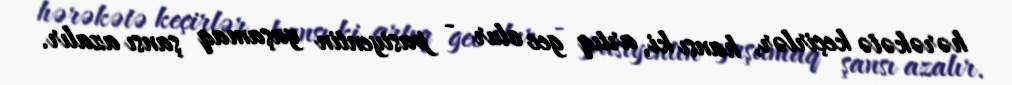
hərəkətə keçirlər, hansı ki, artıq gec olur - pasiyentin yaşamaq şansı azalır.